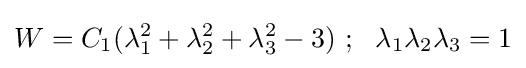
W=C_{1}(\lambda _{1}^{2}+\lambda _{2}^{2}+\lambda _{3}^{2}-3)~;~~\lambda _{1}\lambda _{2}\lambda _{3}=1